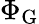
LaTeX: \Phi_{\mathrm{{G}}}